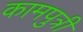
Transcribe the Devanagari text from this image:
कामपुत्री